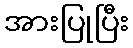
အားပြုပြီး